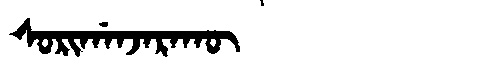
Manchu: ᠰᠣᡵᡳᡤᠠᠨᠵᠠᡵᠠᡴᡡ
Romanization: SORIGANJARAKŪ